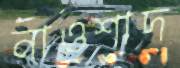
নাওশাদ